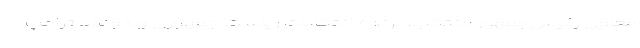
معاون رئیس‌جمهور منتخب، برنده انتخابات ریاست جمهوری و دونالد ترامپ